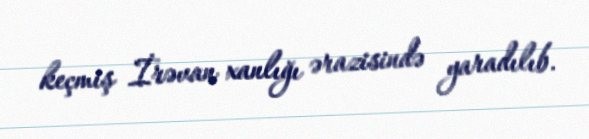
keçmiş İrəvan xanlığı ərazisində yaradılıb.